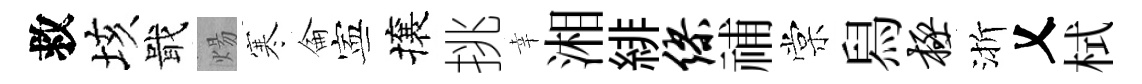
救垓戢煬寒侖寕攘挑幸湘緋缪𥙷棠舄极渐乂栻